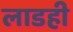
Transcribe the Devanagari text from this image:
लाडही